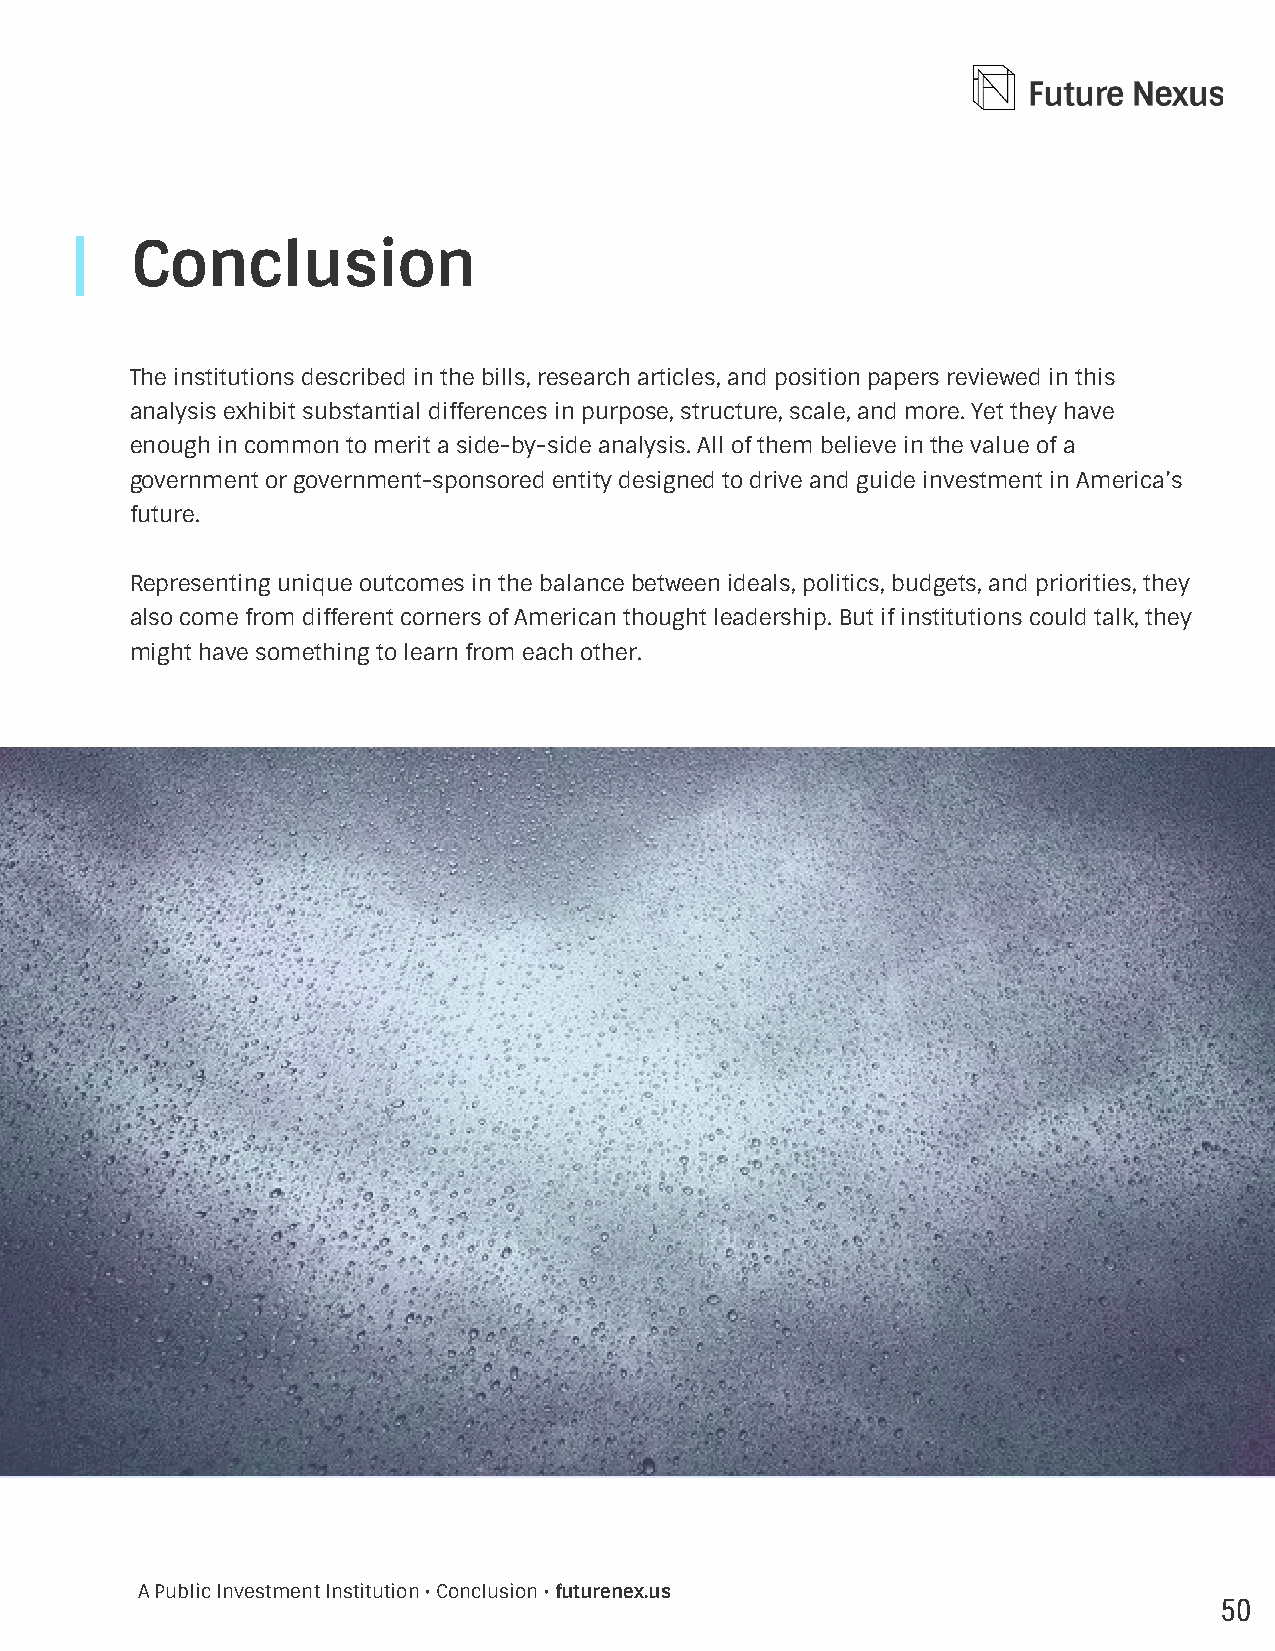
Conclusion
 The institutions described in the bills, research articles, and position papers reviewed in this
 analysis exhibit substantial differences in purpose, structure, scale, and more. Yet they have
 enough in common to merit a side-by-side analysis. All of them believe in the value of a
 government or government-sponsored entity designed to drive and guide investment in America’s
 future.
 Representing unique outcomes in the balance between ideals, politics, budgets, and priorities, they
 also come from different corners of American thought leadership. But if institutions could talk, they
 might have something to learn from each other.
 A Public Investment Institution • Conclusion • futurenex.us
 50